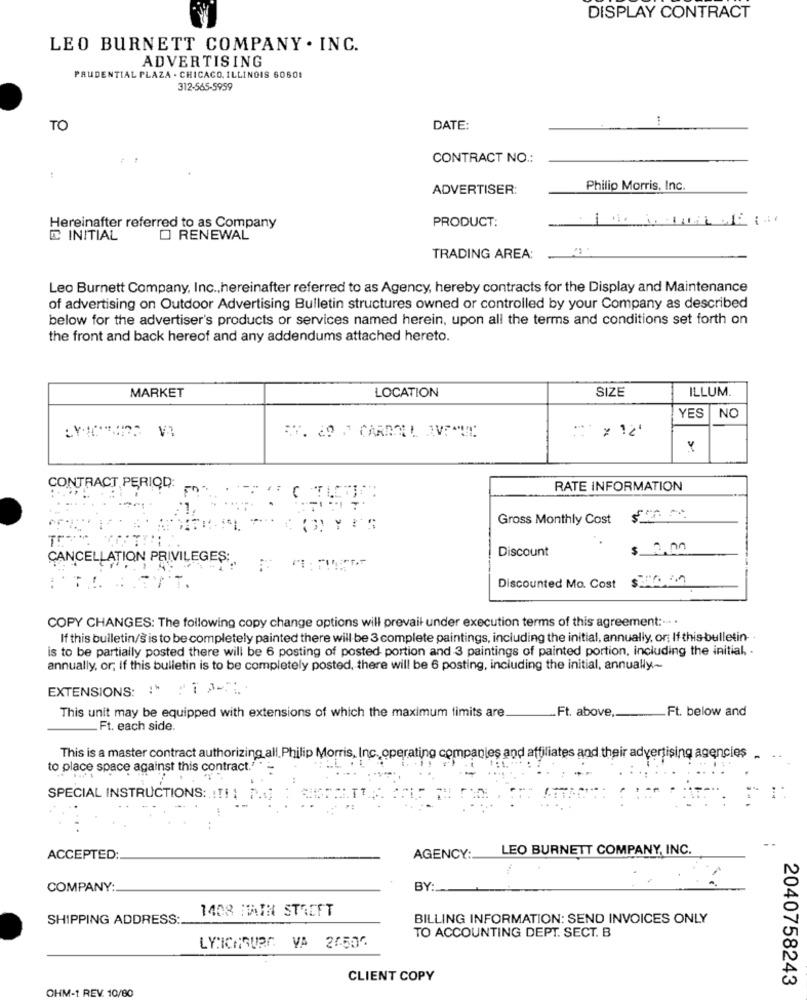
DISPLAY CONTRACT
LEO BURNETT COMPANY . INC.
ADVERTISING
PRUDENTIAL PLAZA . CHICAGO, ILLINOIS 60601
312-565-5959
TO
DATE:
CONTRACT NO .:
ADVERTISER:
Philip Morris, Inc.
Hereinafter referred to as Company
PRODUCT:
@ INITIAL
O RENEWAL
TRADING AREA:
Leo Burnett Company, Inc ., hereinafter referred to as Agency, hereby contracts for the Display and Maintenance
of advertising on Outdoor Advertising Bulletin structures owned or controlled by your Company as described
below for the advertiser's products or services named herein, upon all the terms and conditions set forth on
the front and back hereof and any addendums attached hereto.
SIZE
ILLUM.
MARKET
LOCATION
YES
NC
CONTRACT PERIOD:
RATE INFORMATION
Gross Monthly Cost
Discount
$_2.00
CANCELLATION PRIVILEGES :..
Discounted Mo. Cost
COPY CHANGES: The following copy change options will prevail under execution terms of this agreement :... .
If this bulletin/s is to be completely painted there will be 3 complete paintings, including the initial, annually, or; If this bulletin-
is to be partially posted there will be 6 posting of posted portion and 3 paintings of painted portion, including the initial .
annually, or, If this bulletin is to be completely posted, there will be 6 posting, including the initial, annually-
EXTENSIONS: " " " "1
Ft. above,
.Ft. below and
This unit may be equipped with extensions of which the maximum limits are
.Ft. each side.
This is a master contract authorizing all. Philip Morris, Inc. operating companies and affiliates and their advertising agencies
to place space against this contract." "
SPECIAL INSTRUCTIONS: !!! !
LEO BURNETT COMPANY, INC.
ACCEPTED:
AGENCY:
COMPANY:
BY:
SHIPPING ADDRESS
1408 MAIN STREET
BILLING INFORMATION: SEND INVOICES ONLY
TO ACCOUNTING DEPT. SECT. B
LYNCHBURG VA 20506
CLIENT COPY
2040758243
OHM-1 REV. 10/80